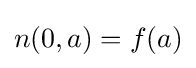
n(0,a)=f(a)